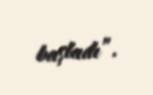
başladı”.